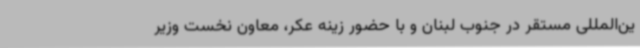
ین‌المللی مستقر در جنوب لبنان و با حضور زینه عکر، معاون نخست وزیر